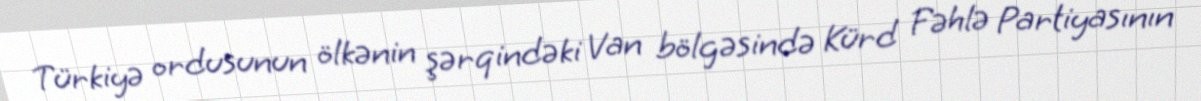
Türkiyə ordusunun ölkənin şərqindəki Van bölgəsində Kürd Fəhlə Partiyasının